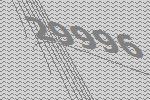
29996